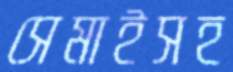
সেমাইসহ